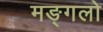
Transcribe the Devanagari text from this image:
मङ्गलो